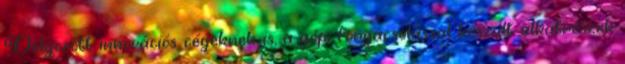
Dolgozott innovációs cégeknek is, a gépi forgácsolással készült alkatrészek